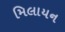
મિલાયન